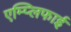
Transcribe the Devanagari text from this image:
एम्प्लिफाई